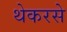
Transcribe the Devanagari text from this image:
थेकरसे